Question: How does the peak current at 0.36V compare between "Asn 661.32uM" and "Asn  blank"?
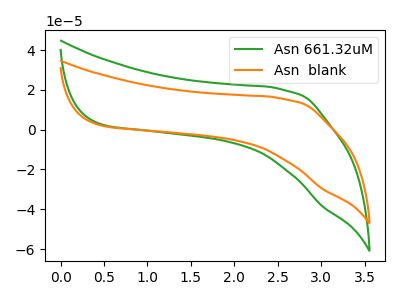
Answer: <think>The green curve "Asn 661.32uM" has no peaks. The orange curve "Asn  blank" has no peaks.</think>
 <answer>"Asn 661.32uM" and "Asn  blank" dont share a peak at 0.36V.</answer>
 <eval>mismatch</eval>